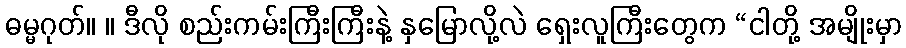
ဓမ္မဂုတ်။ ။ ဒီလို စည်းကမ်းကြီးကြီးနဲ့ နှမြောလို့လဲ ရှေးလူကြီးတွေက “ငါတို့ အမျိုးမှာ